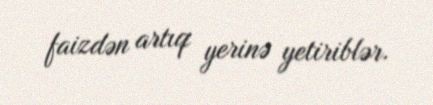
faizdən artıq yerinə yetiriblər.